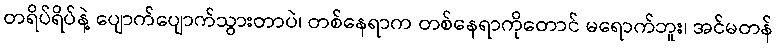
တရိပ်ရိပ်နဲ့ ပျောက်ပျောက်သွားတာပဲ၊ တစ်နေရာက တစ်နေရာကိုတောင် မရောက်ဘူး၊ အင်မတန်